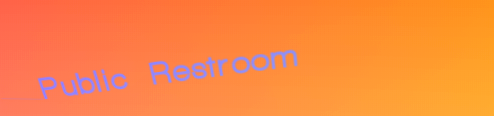
Public Restroom